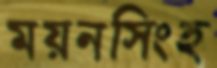
ময়নসিংহ